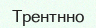
Трентнно